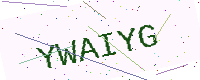
Text: YWAIYG